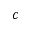
c